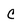
Character: C